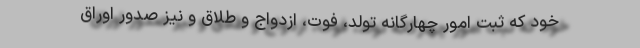
خود که ثبت امور چهارگانه تولد، فوت، ازدواج و طلاق و نیز صدور اوراق